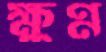
ক্ষুণ্ণ